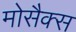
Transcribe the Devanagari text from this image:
मोसैक्स